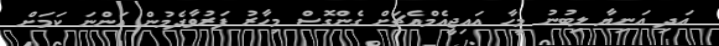
އަދި އަނިޔާ ލިބުނު މީހާ އައިޖީއެމްއެޗަށް ގެންގޮސް މިހާރު ފަރުވާދެމުން އަންނަ ކަމަށް